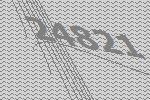
24821